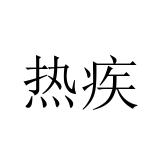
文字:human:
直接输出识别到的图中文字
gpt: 热疾